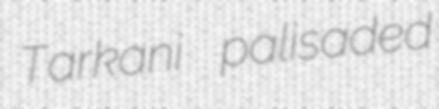
Tarkani palisaded